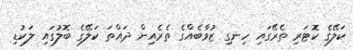
ކަލޭގެ ކޮޓަރި ތެރޭގައި ހިނގި ޒުވާބެއްގެ ތެރެއިން ދައްތަ ކަލޭގެ ބޮލުގައި ލަކުޑި